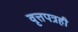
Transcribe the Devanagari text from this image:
वृत्तपत्रही